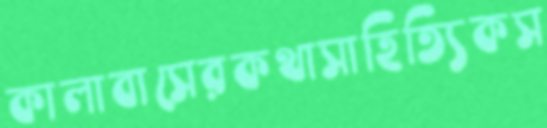
কালাবাসেরকথাসাহিত্যিকস